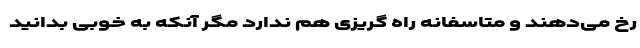
رخ می‌­دهند و متاسفانه راه گریزی هم ندارد مگر آنکه به خوبی بدانید